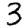
Digit: 3